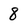
Character: 8